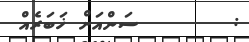
:        ސަންއަށް ޚަބަރެއް